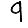
Digit: 9